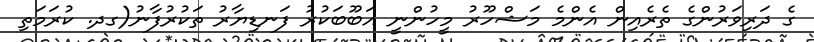
ގެ ދަރިވަރުންގެ ތެރެއިން އެންމެ މަޝްހޫރު މީހުންނީ އަބޫބަކުރު ފަނޑިޔާރު ތަކުރުފާނު(ގދ. ކުރަމަތި